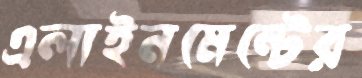
এলাইনমেন্টের